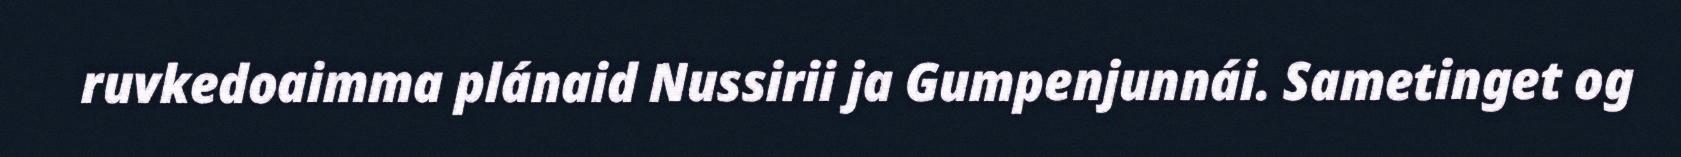
ruvkedoaimma plánaid Nussirii ja Gumpenjunnái. Sametinget og